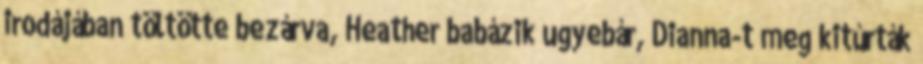
irodájában töltötte bezárva, Heather babázik ugyebár, Dianna-t meg kitúrták